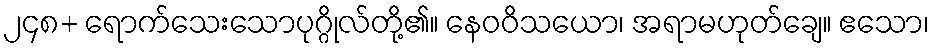
၂၄၈+ ရောက်သေးသောပုဂ္ဂိုလ်တို့၏။ နေဝဝိသယော၊ အရာမဟုတ်ချေ။ ဧသော၊